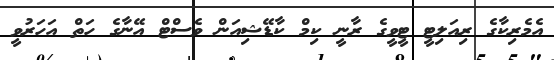
އެމެރިކާގެ ރިއަލިޓީ ޓީވީގެ ރާނީ ކިމް ކާޑޭޝިއަން ވެސްޓް އޭނާގެ ހަތް އަހަރުވީ